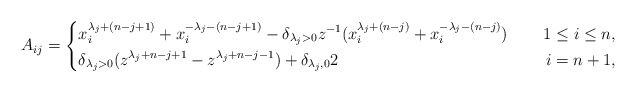
\begin{align*}A_{ij}=\left\{\begin{aligned}&x^{\lambda_j+(n-j+1)}_i+x^{-\lambda_j-(n-j+1)}_i-\delta_{\lambda_j>0}z^{-1}(x^{\lambda_j+(n-j)}_i+x^{-\lambda_j-(n-j)}_i)~~&~~1\leq i\leq n,\\&\delta_{\lambda_j>0}(z^{\lambda_j+n-j+1}-z^{\lambda_j+n-j-1})+\delta_{\lambda_j,0}2~&~~i=n+1,\end{aligned}\right.\end{align*}